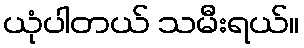
ယုံပါတယ် သမီးရယ်။